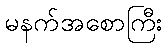
မနက်အစောကြီး